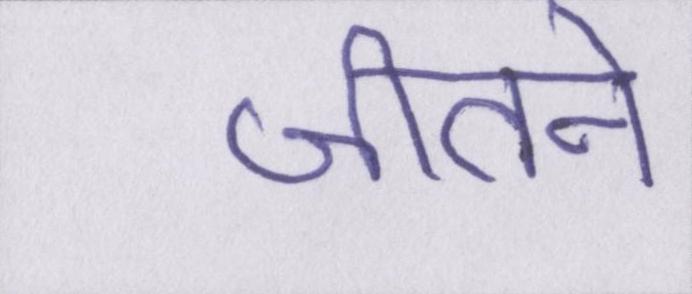
जीतने